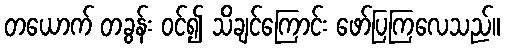
တယောက် တခွန်း ဝင်၍ သိချင်ကြောင်း ဖော်ပြကြလေသည်။